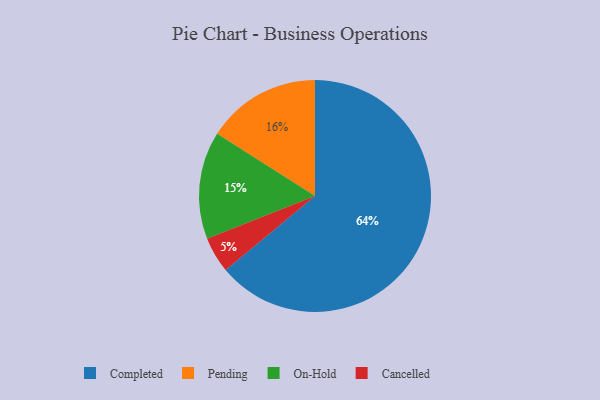
{"axis": {"x": "Category", "y": "Percentage"}, "legend": ["Cancelled", "Completed", "On-Hold", "Pending"], "data": [{"x": "Completed", "y": 64, "type": "Completed"}, {"x": "Pending", "y": 16, "type": "Pending"}, {"x": "Cancelled", "y": 5, "type": "Cancelled"}, {"x": "On-Hold", "y": 15, "type": "On-Hold"}]}